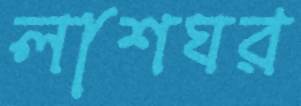
লাশঘর